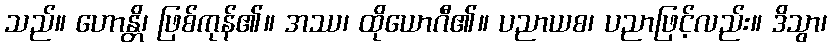
သည်။ ဟောန္တိ၊ ဖြစ်ကုန်၏။ အဿ၊ ထိုယောဂီ၏။ ပညာယစ၊ ပညာဖြင့်လည်း။ ဒိသွာ၊